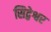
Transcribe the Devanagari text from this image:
सिद्वेश्वर